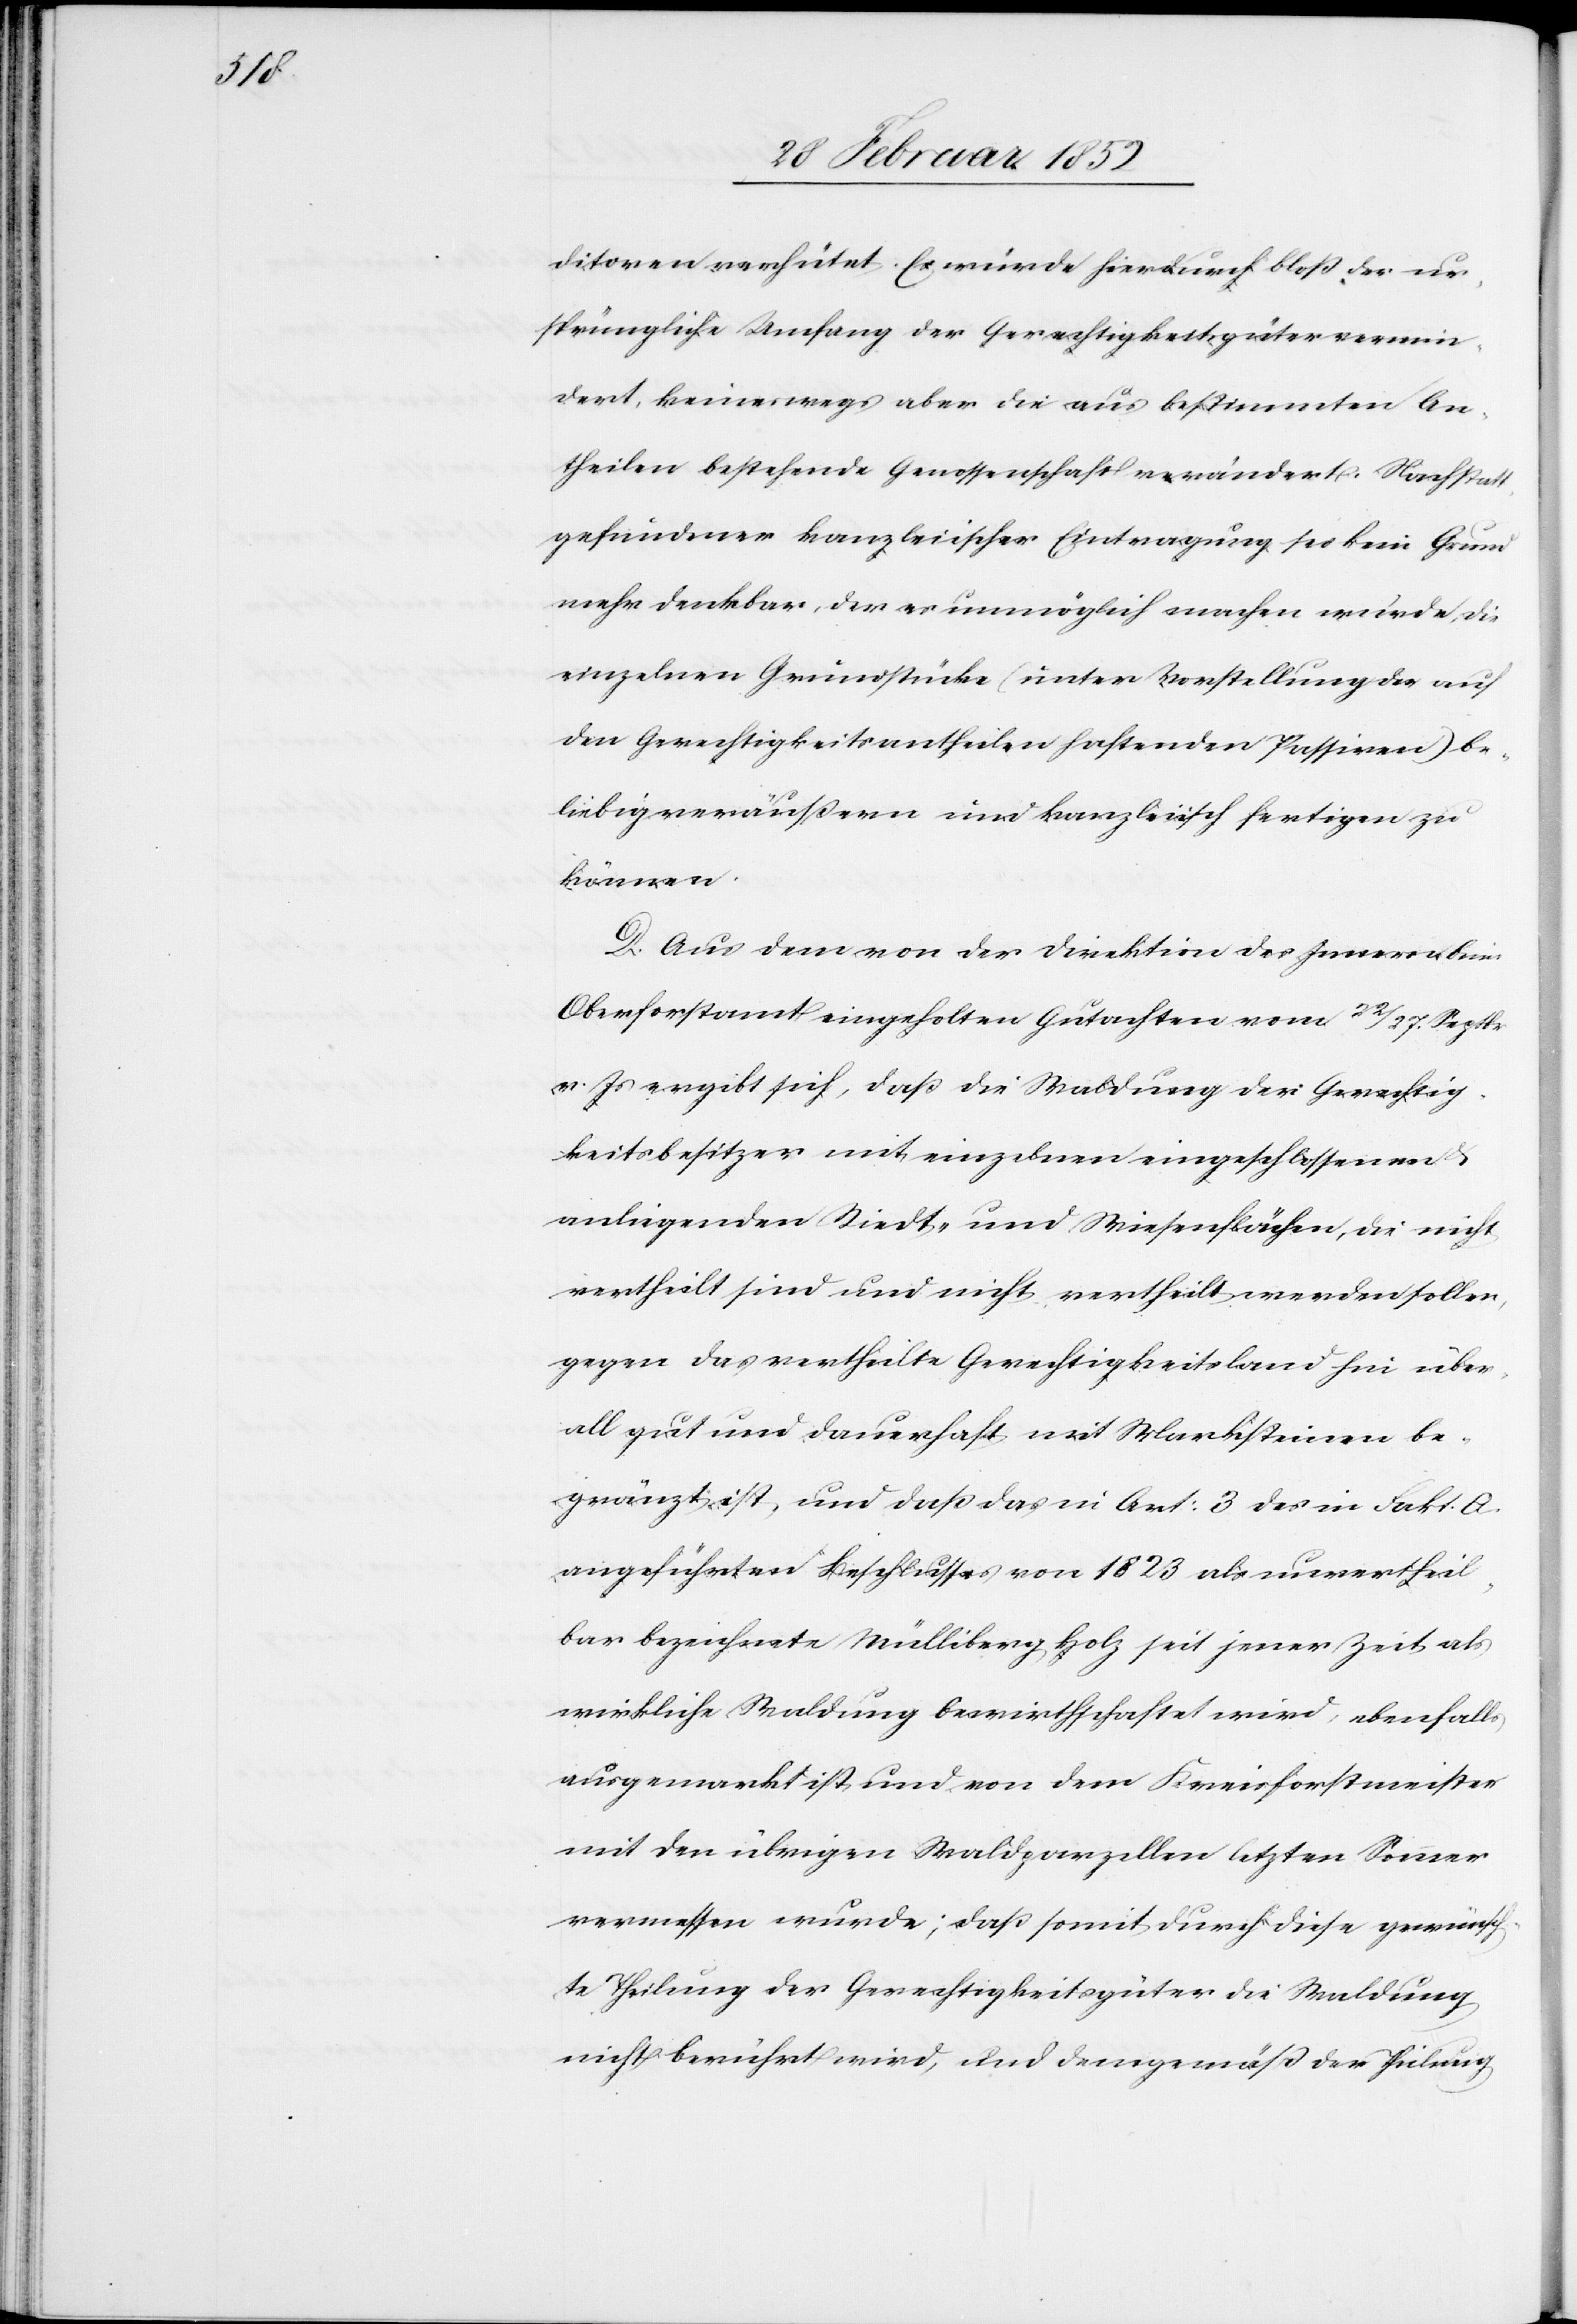
ditoren verhütet. Es würde hierdurch bloß der ur¬
sprüngliche Umfang der Gerechtigkeitsgüter vermin¬
dert, keineswegs aber die aus bestimmten An¬
theilen bestehende Genossenschaft verändert. Nach statt¬
gefundener kanzleiischer Eintragung sei kein Grund
mehr denkbar, der es unmöglich machen würde, die
einzelnen Grundstücke (unter Vorstellung des auf
den Gerechtigkeitsantheilen haftenden Passiven) be¬
liebig veräußern und kanzleiisch fertigen zu
können.
D. Aus den von der Direktion des Innern beim
Oberforstamte eingeholten Gutachten vom 22/27. Septbr
v. Js ergibt sich, daß die Waldung der Gerechtig¬
keitsbesitzer mit einzelnen eingeschlossenen
anliegenden Riedt- und Wiesenstücken, die nicht
vertheilt sind und nicht vertheilt werden sollen,
gegen das vertheilte Gerechtigkeitsland hin über¬
all gut und dauerhaft mit Marksteinen be¬
gränzt ist, und daß in Art: 3 des in Fakt. A.
angeführten Beschlusses von 1823 als unvertheil¬
bar bezeichnete Müllibergholz seit jener Zeit als
wirkliche Waldung bewirtschaftet wird, ebenfalls
ausgemarkt ist, und von dem Kreisforstmeister
mit den übrigen Waldparzellen letzten Sommer
vermessen wurde; daß somit durch diese gewünsch¬
te Theilung der Gerechtigkeitsgüter die Waldung
nicht berührt wird, und demgemäß der Theilung